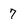
Character: 7